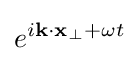
e^{i\mathbf {k} \cdot \mathbf {x} _{\bot }+\omega t}